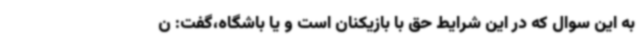
به این سوال که در این شرایط حق با بازیکنان است و یا باشگاه،گفت: ن